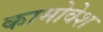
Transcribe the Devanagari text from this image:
कामोवेश